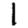
Digit: 1